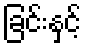
ခြင်းနှင့်